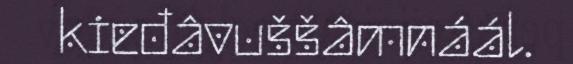
kieđâvuššâmnáál.